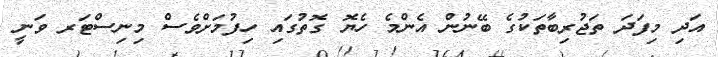
އަދި މިފަދަ ތަޖުރިބާތަކުގެ ބޭނުން އެންމެ ހެޔޮ ގޮތުގައި ހިފުމަށްވެސް މިނިސްޓަރ ވަނީ